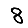
Digit: 8